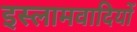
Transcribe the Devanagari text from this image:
इस्लामवादियों